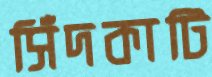
সিঁদকাটি